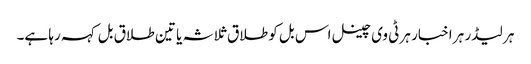
ہر لیڈر ہر اخبار ہر ٹی وی چینل اس بل کو طلاق ثلاثہ یا تین طلاق بل کہہ رہا ہے۔